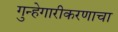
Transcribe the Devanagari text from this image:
गुन्हेगारीकरणाचा